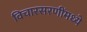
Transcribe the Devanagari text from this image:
विचारसरणींमध्ये